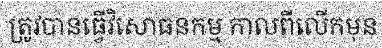
ត្រូវបានធ្វើវិសោធនកម្ម កាលពីលើកមុន